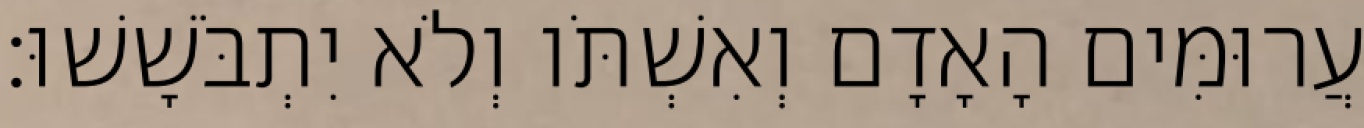
עֲרוּמִּים הָאָדָם וְאִשְׁתֹּו וְלֹא יִתְבֹּשָׁשׁוּ׃